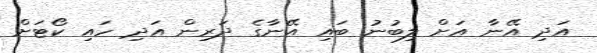
އަދި އޭނާ އަށް ލިބުނު ބައި އޭނާގެ ދަރިން އަދި ހައި ކޯޓަށް